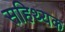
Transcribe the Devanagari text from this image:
सहिथ्यक